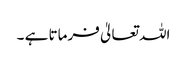
اللہ تعالیٰ فرماتا ہے ۔